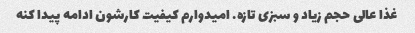
غذا عالی حجم زیاد و سبزی تازه. امیدوارم کیفیت کارشون ادامه پیدا کنه